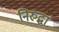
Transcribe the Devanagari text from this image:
निरुद्धा